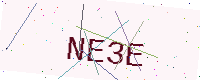
Text: NE3E